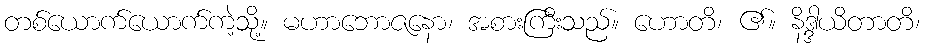
တစ်ယောက်ယောက်ကဲ့သို့။ မဟာဘောဇနော၊ အစားကြီးသည်။ ဟောတိ၊ ၏။ နိဒ္ဒါယိတာတိ၊